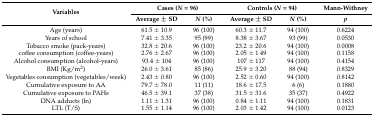
| <ROWSPAN=2> Variables | <COLSPAN=2> Cases (N = 96) | <COLSPAN=2> Controls (N = 94) | Mann-Withney |
 | Average ± SD | N (%) | Average ± SD | N (%) | p |
 | --- | --- | --- | --- | --- | --- |
 | Age (years) | 61.5 ± 10.9 | 96 (100) | 60.3 ± 11.7 | 94 (100) | 0.6224 |
 | Years of school | 7.41 ± 3.35 | 95 (99) | 8.38 ± 3.67 | 93 (99) | 0.0530 |
 | Tobacco smoke (pack-years) | 32.8 ± 20.6 | 96 (100) | 23.2 ± 20.6 | 94 (100) | 0.0008 |
 | coffee consumption (coffee-years) | 2.76 ± 2.67 | 96 (100) | 2.05 ± 1.49 | 94 (100) | 0.1158 |
 | Alcohol consumption (alcohol-years) | 93.4 ± 104 | 96 (100) | 107 ± 117 | 94 (100) | 0.4154 |
 | BMI (Kg/m2) | 26.0 ± 3.61 | 85 (86) | 25.9 ± 3.20 | 88 (94) | 0.8329 |
 | Vegetables consumption (vegetables/week) | 2.43 ± 0.80 | 96 (100) | 2.52 ± 0.60 | 94 (100) | 0.8142 |
 | Cumulative exposure to AA | 79.7 ± 78.0 | 11 (11) | 18.6 ± 17.5 | 6 (6) | 0.1880 |
 | Cumulative exposure to PAHs | 46.5 ± 39.1 | 37 (38) | 31.5 ± 31.6 | 35 (37) | 0.4922 |
 | DNA adducts (ln) | 1.11 ± 1.31 | 96 (100) | 0.84 ± 1.11 | 94 (100) | 0.1831 |
 | LTL (T/S) | 1.55 ± 1.14 | 96 (100) | 2.03 ± 1.42 | 94 (100) | 0.0123 |